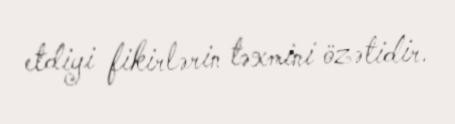
etdiyi fikirlərin təxmini özətidir.